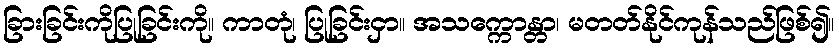
ခြားခြင်းကိုပြုခြင်းကို။ ကာတုံ၊ ပြုခြင်းငှာ။ အသက္ကောန္တာ၊ မတတ်နိုင်ကုန်သည်ဖြစ်၍။